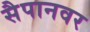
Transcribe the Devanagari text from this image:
सैपानवर